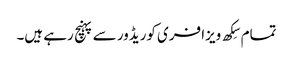
تمام سِکھ ویزا فری کوریڈور سے پہنچ رہے ہیں۔